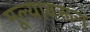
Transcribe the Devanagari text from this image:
मूल्यावरून